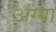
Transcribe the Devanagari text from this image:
अंग्या